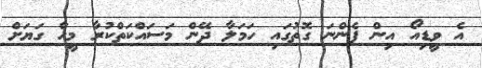
އެ ވީޑިއޯ އިން ފެންނަ ގޮތުގައި ހަމަލާ ދޭން މަސައްކަތްކުރާ މީހާ ގަޔަށް